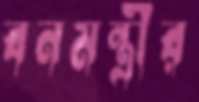
বনমন্ত্রীর